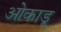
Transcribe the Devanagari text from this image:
ओकाडू